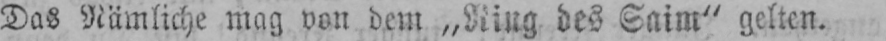
Das Nämliche mag von dem „Ring des Saim“ gelten.